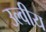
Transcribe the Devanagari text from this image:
उल्वीय